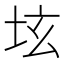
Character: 𡊨